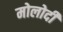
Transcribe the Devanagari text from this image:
मोलोदी